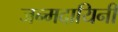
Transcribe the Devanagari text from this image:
जन्मदायिनी